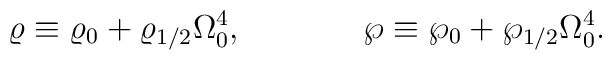
\varrho\equiv\varrho_0+\varrho_{1/2}\Omega^4_0,\ \ \ \ \ \ \ \ \ \ \ \wp\equiv\wp_0+\wp_{1/2}\Omega^4_0.